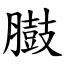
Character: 臌